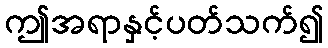
ဤအရာနှင့်ပတ်သက်၍